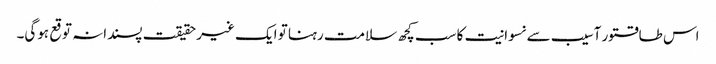
اس طاقتور آسیب سے نسوانیت کا سب کچھ سلامت رہنا تو ایک غیر حقیقت پسندانہ توقع ہوگی۔